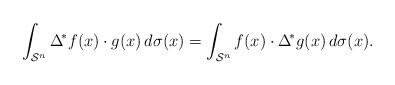
LaTeX: \begin{align*}\int_{\mathcal{S}^n} \Delta^{\!\ast} f(x) \cdot g(x)\, d\sigma(x)=\int_{\mathcal{S}^n} f(x) \cdot \Delta^{\!\ast}g(x)\, d\sigma(x).\end{align*}